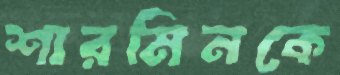
শারমিনকে